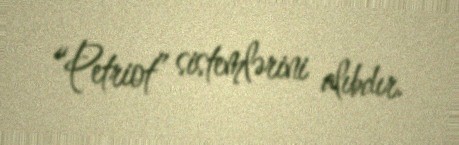
“Petriot” sistemlərini alıbdır.